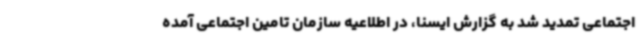
اجتماعی تمدید شد به گزارش ایسنا، در اطلاعیه سازمان تامین اجتماعی آمده